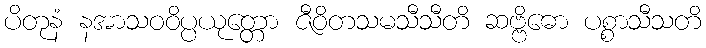
ပိတုနံ နအာသဝဝိပ္ပယုတ္တော ဇီဝိတသမသီသီတိ ဆဗ္ဗိဓော ပစ္စာသီသတိ